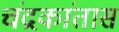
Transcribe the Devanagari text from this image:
चंद्रकांतास